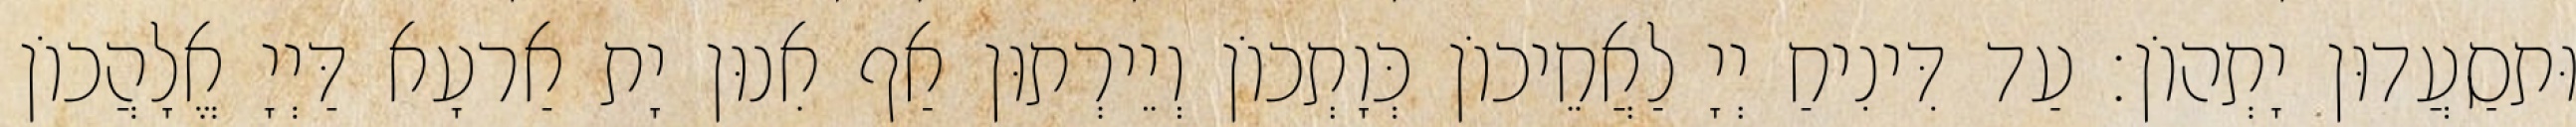
וּתסַעֲדוּן יָתְהוֹן׃ עַד דִּינִיחַ יְיָ לַאֲחֵיכוֹן כְּוָתְכוֹן וְיֵירְתוּן אַף אִנוּן יָת אַרעָא דַּיְיָ אֱלָהֲכוֹן